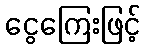
ငွေကြေးဖြင့်